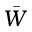
\Bar { W }